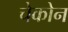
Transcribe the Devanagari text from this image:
चेकोन